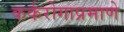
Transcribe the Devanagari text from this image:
कर्करोगाप्रमाणे